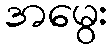
အမွေး